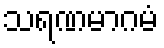
သရဏမာဂမံ